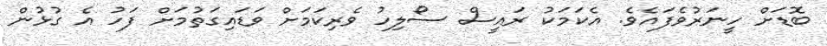
ބޮޑަށް ހީނަރުވެފައެވެ. އެކަމަކު ރައީސް ސޯލިހު ވެރިކަމަށް ވަޑައިގަތުމަށް ފަހު އެ ގުޅުން